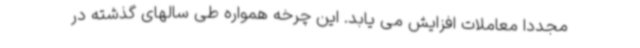
مجدداً معاملات افزایش می یابد. این چرخه همواره طی سالهای گذشته در